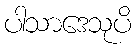
ပါသာဒေသုပိ